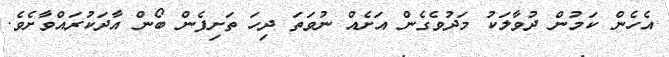
އެހެން ކަމުން ދުވާލަކު މަދުވެގެން އަށެއް ނުވަތަ ދިހަ ތަށިފެން ބޯން އާދަކުރައްވާށެވެ.